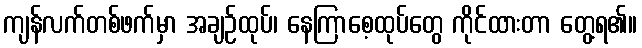
ကျန်လက်တစ်ဖက်မှာ အချဉ်ထုပ်၊ နေကြာစေ့ထုပ်တွေ ကိုင်ထားတာ တွေ့ရ၏။